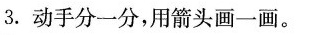
3.动手分一分，用箭头画一画。